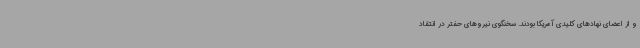
و از اعضای نهادهای کلیدی آمریکا بودند. سخنگوی نیروهای حفتر در انتقاد